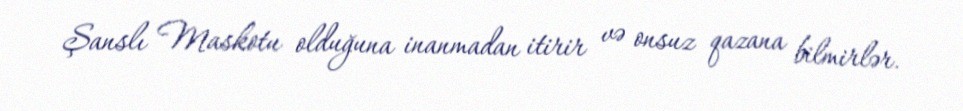
Şanslı Maskotu olduğuna inanmadan itirir və onsuz qazana bilmirlər.